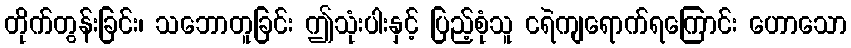
တိုက်တွန်းခြင်း၊ သဘောတူခြင်း ဤသုံးပါးနှင့် ပြည့်စုံသူ ငရဲကျရောက်ရကြောင်း ဟောသော